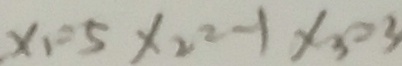
x _ { 1 } = 5 x _ { 2 } = - 1 x _ { 3 } = 3